Problem: 10 + 1 = ?
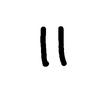
Handwritten answer: 11